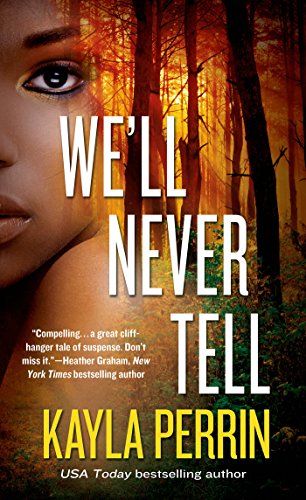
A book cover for We'll Never Tell; Kayla Perrin; Mystery, Thriller & Suspense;